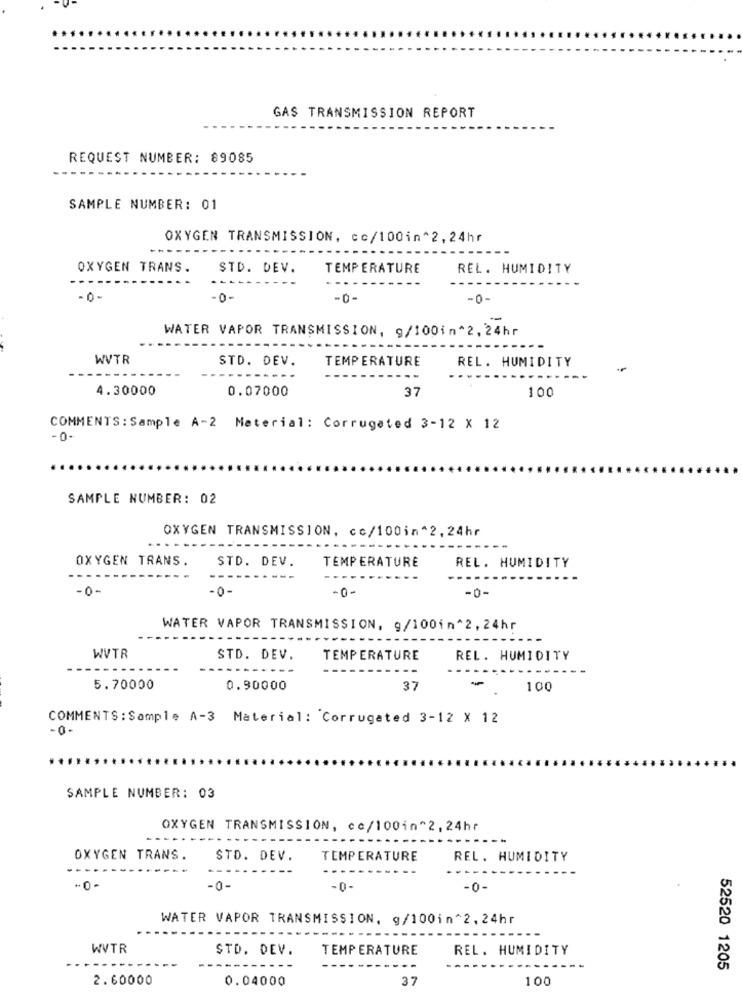
GAS TRANSMISSION REPORT
REQUEST NUMBER: 89085
SAMPLE NUMBER: 01
OXYGEN TRANSMISSION, co/100in^2,24hr
OXYGEN TRANS.
STD. DEV.
TEMPERATURE
REL. HUMIDITY
-0 -
-0-
-0-
WATER VAPOR TRANSMISSION, g/100in 2, 24hr
WVTR
STD. DEV.
TEMPERATURE
REL. HUMIDITY
---
4.30000
0.07000
37
100
COMMENTS: Sample A-2 Material: Corrugated 3-12 X 12
-0.
SAMPLE NUMBER: 02
OXYGEN TRANSMISSION, cc/100in*2, 24hr
....
OXYGEN TRANS.
STD. DEV.
TEMPERATURE
REL. HUMIDITY
-0-
-0-
-0 -
-0-
WATER VAPOR TRANSMISSION, 9/100in ^2, 24hr
WVTR
STD. DEV.
TEMPERATURE
REL. HUMIDITY
-
5.70000
0.90000
37
100
COMMENTS: Sample A-3 Material: Corrugated 3-12 X 12
-0-
SAMPLE NUMBER: 03
OXYGEN TRANSMISSION, cc/100in^2, 24hr
OXYGEN TRANS.
STD. DEV.
TEMPERATURE
REL. HUMIDITY
-0-
-0-
-0-
WATER VAPOR TRANSMISSION, g/100in^2, 24hr
WVTR
STD. DEV.
TEMPERATURE
REL. HUMIDITY
52520 1205
2.60000
0.04000
37
100